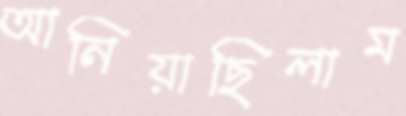
আনিয়াছিলাম